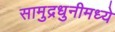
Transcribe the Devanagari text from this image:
सामुद्रधुनीमध्ये